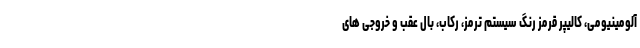
آلومینیومی، کالیپر قرمز رنگ سیستم ترمز، رکاب، بال عقب و خروجی های